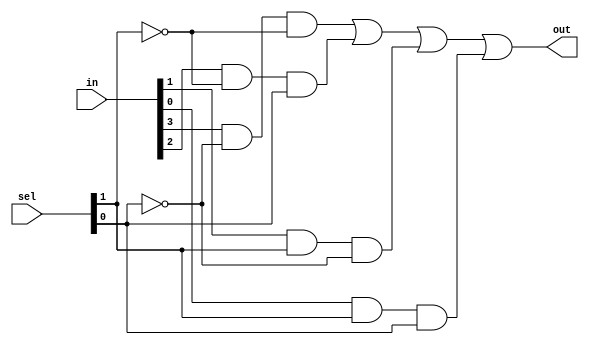
module mux4to1(out, in, sel);
    input [0:3] in;
    input [0:1] sel;
    output out;
    wire n1,n2,a1,a2,a3,a4;
    not n(n1,sel[1]);
    not nn(n2,sel[0]);
    and (a1, in[0],n1,n2);
    and (a2,in[1],n2,sel[1]);
    and (a3,in[2],sel[0],n1);
    and (a4,in[3],sel[0],sel[1]);
    or or1(out,a1,a2,a3,a4);
endmodule

// module test_mux4to1; 
//     reg [0:3] in;
//     reg [0:1] sel;
//     wire out;    
//     mux4to1 mux(out,in,sel);
//     initial
//     begin
//         $monitor("in=%b | sel=%b | out=%b",in,sel,out);
//     end
//     initial 
//     begin
//         in=4'b1000; sel=1'b0;
//         #3 in=4'b0100; sel=1'b0; 
//         #3 in=4'b0010; sel=1'b0;
//         #3 in=4'b0001; sel=1'b0; 
//         #3 in=4'b1000; sel=1'b1;
//         #3 in=4'b0100; sel=1'b1; 
//         #3 in=4'b0010; sel=1'b1;
//         #3 in=4'b0001; sel=1'b1; 
//     end
// endmodule